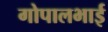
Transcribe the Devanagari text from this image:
गोपालभाई